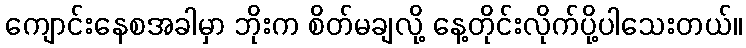
ကျောင်းနေစအခါမှာ ဘိုးက စိတ်မချလို့ နေ့တိုင်းလိုက်ပို့ပါသေးတယ်။